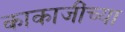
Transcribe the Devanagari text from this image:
काकाजींच्या